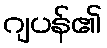
ဂျပန်၏